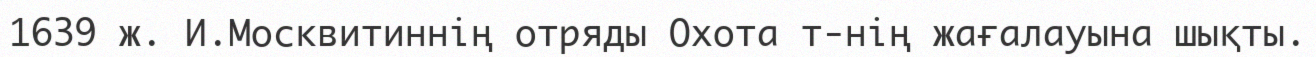
1639 ж. И.Москвитиннің отряды Охота т-нің жағалауына шықты.